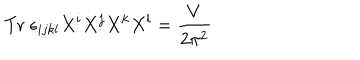
\mathrm { T r } \; \epsilon _ { i j k l } X ^ { i } X ^ { j } X ^ { k } X ^ { l } = \frac { V } { 2 \pi ^ { 2 } }